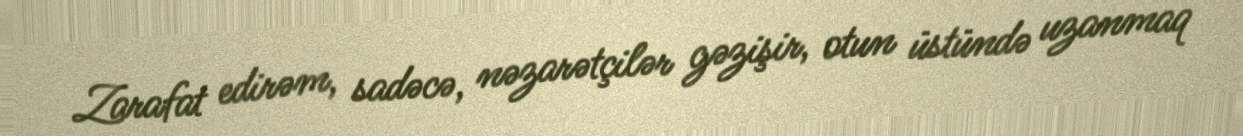
Zarafat edirəm, sadəcə, nəzarətçilər gəzişir, otun üstündə uzanmaq